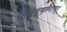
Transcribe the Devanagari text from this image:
जीवनमानावर